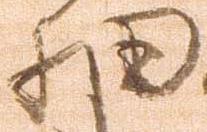
細